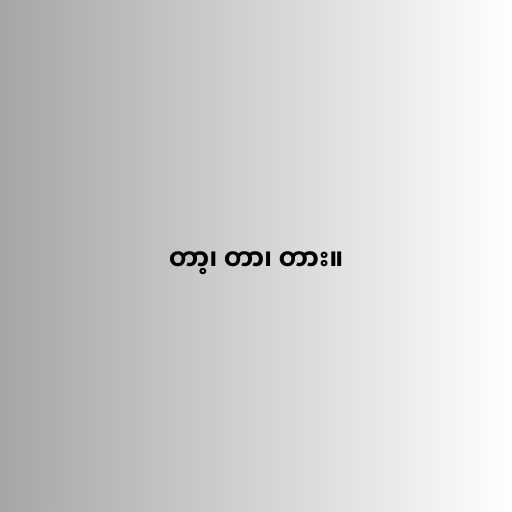
တာ့၊ တာ၊ တား။